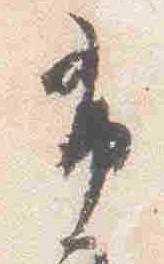
布